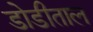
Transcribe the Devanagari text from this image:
डोडीताल